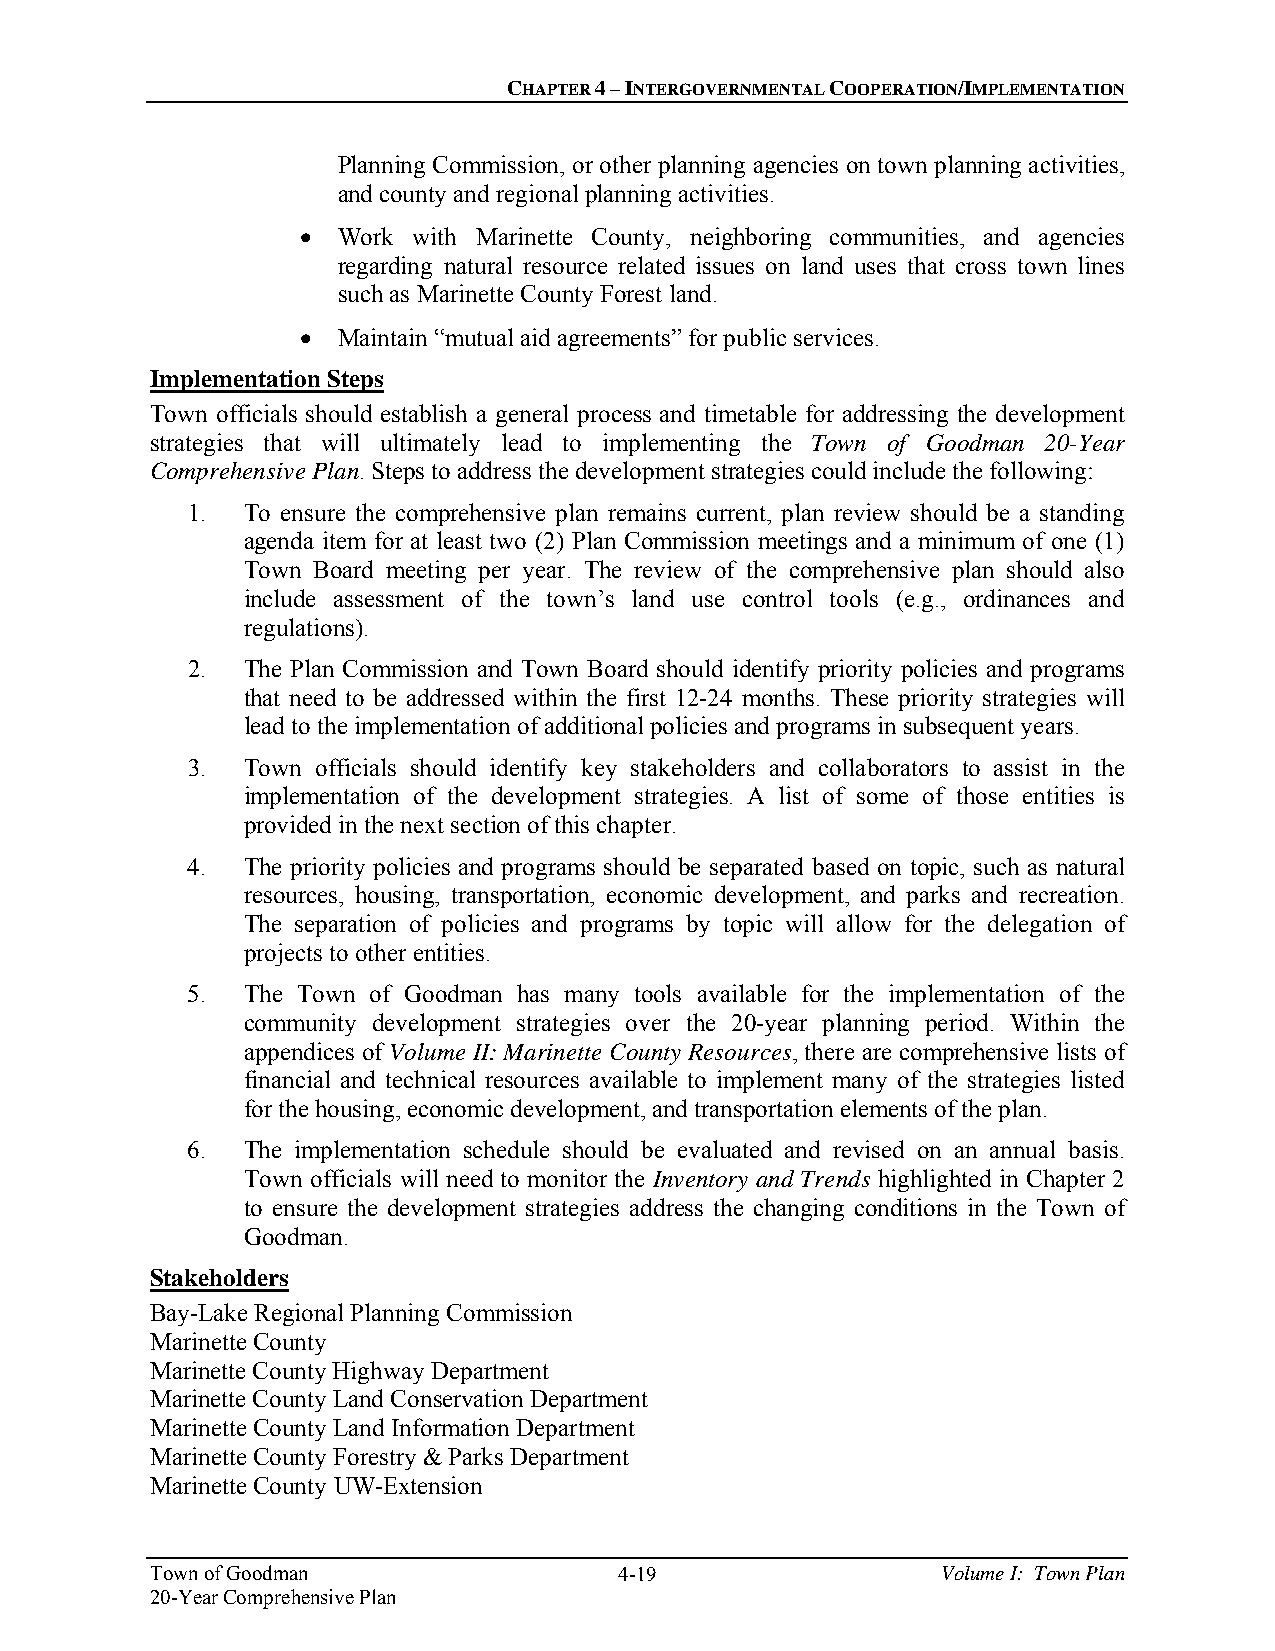
CHAPTER 4 – INTERGOVERNMENTAL COOPERATION/IMPLEMENTATION
 Planning Commission, or other planning agencies on town planning activities,
 and county and regional planning activities.
  Work with Marinette County, neighboring communities, and agencies
 regarding natural resource related issues on land uses that cross town lines
 such as Marinette County Forest land.
  Maintain “mutual aid agreements” for public services.
 Implementation Steps
 Town officials should establish a general process and timetable for addressing the development
 strategies that will ultimately lead to implementing the Town of Goodman 20-Year
 Comprehensive Plan. Steps to address the development strategies could include the following:
 1.  To ensure the comprehensive plan remains current, plan review should be a standing
 agenda item for at least two (2) Plan Commission meetings and a minimum of one (1)
 Town Board meeting per year. The review of the comprehensive plan should also
 include assessment of the town’s land use control tools (e.g., ordinances and
 regulations).
 2.  The Plan Commission and Town Board should identify priority policies and programs
 that need to be addressed within the first 12-24 months. These priority strategies will
 lead to the implementation of additional policies and programs in subsequent years.
 3.  Town officials should identify key stakeholders and collaborators to assist in the
 implementation of the development strategies. A list of some of those entities is
 provided in the next section of this chapter.
 4.  The priority policies and programs should be separated based on topic, such as natural
 resources, housing, transportation, economic development, and parks and recreation.
 The separation of policies and programs by topic will allow for the delegation of
 projects to other entities.
 5.  The Town of Goodman has many tools available for the implementation of the
 community development strategies over the 20-year planning period. Within the
 appendices of Volume II: Marinette County Resources, there are comprehensive lists of
 financial and technical resources available to implement many of the strategies listed
 for the housing, economic development, and transportation elements of the plan.
 6.  The implementation schedule should be evaluated and revised on an annual basis.
 Town officials will need to monitor the Inventory and Trends highlighted in Chapter 2
 to ensure the development strategies address the changing conditions in the Town of
 Goodman.
 Stakeholders
 Bay-Lake Regional Planning Commission
 Marinette County
 Marinette County Highway Department
 Marinette County Land Conservation Department
 Marinette County Land Information Department
 Marinette County Forestry & Parks Department
 Marinette County UW-Extension
 Town of Goodman                4-19                 Volume I: Town Plan
 20-Year Comprehensive Plan